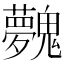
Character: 𩴲